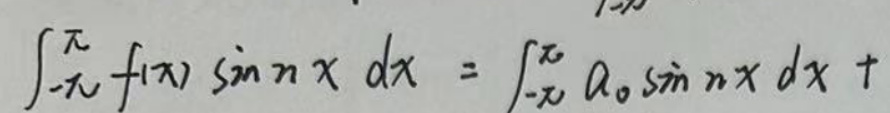
\[
\int_{-\pi}^{\pi} f(x) \sin nx \, dx = \int_{-\pi}^{\pi} a_{0} \sin nx \, dx +
\]